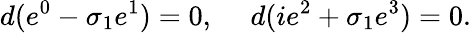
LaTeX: d(e^{0}-\sigma_{1}e^{1})=0,\ \ \ \ \ d(ie^{2}+\sigma_{1}e^{3})=0.